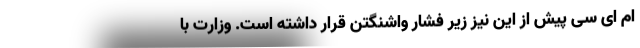
ام ای سی پیش از این نیز زیر فشار واشنگتن قرار داشته است. وزارت با